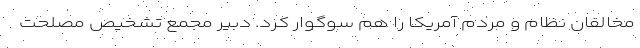
مخالفان نظام و مردم آمریکا را هم سوگوار کرد. دبیر مجمع تشخیص مصلحت